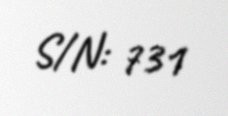
S/N: 731